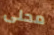
محلى